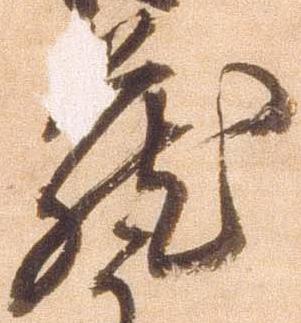
蔵